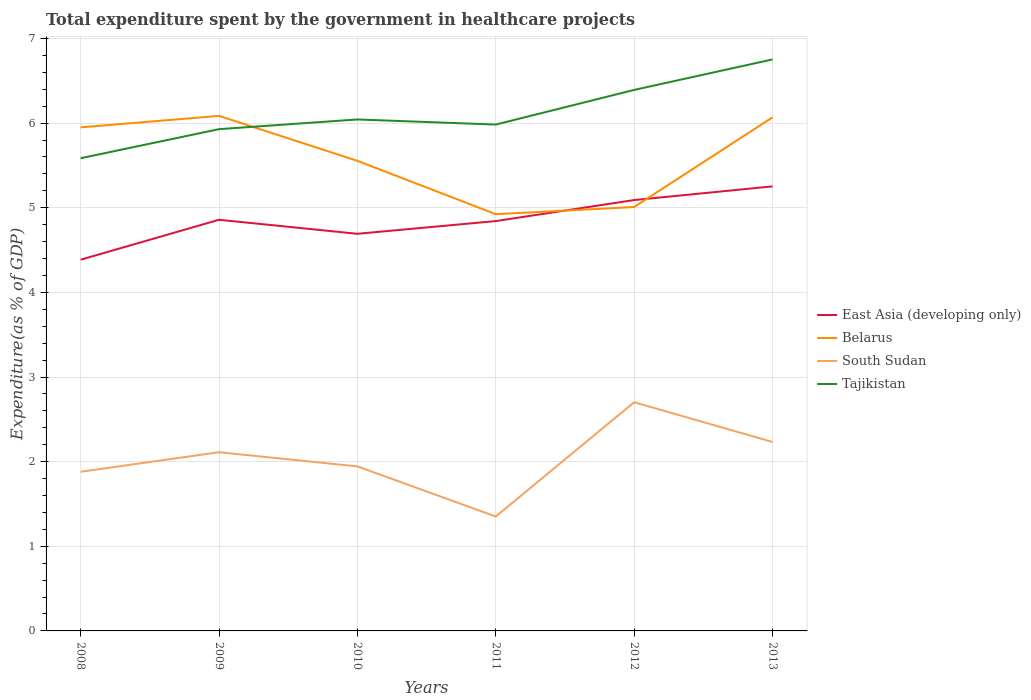
| Years | East Asia (developing only) | Belarus | South Sudan | Tajikistan |
 | --- | --- | --- | --- | --- |
 | 2008 | 4.39 | 5.95 | 1.88 | 5.58 |
 | 2009 | 4.86 | 6.09 | 2.11 | 5.93 |
 | 2010 | 4.69 | 5.55 | 1.94 | 6.04 |
 | 2011 | 4.84 | 4.92 | 1.35 | 5.98 |
 | 2012 | 5.09 | 5.01 | 2.7 | 6.39 |
 | 2013 | 5.25 | 6.07 | 2.23 | 6.75 |